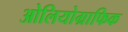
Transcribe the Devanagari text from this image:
ओलियोग्राफिक